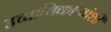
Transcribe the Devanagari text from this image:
उच्चाधिकाऱ्यांशी